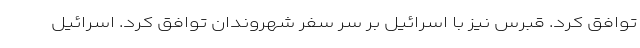
توافق کرد. قبرس نیز با اسرائیل بر سر سفر شهروندان توافق کرد. اسرائیل